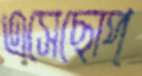
এসেছোপ্